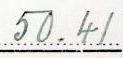
50.41